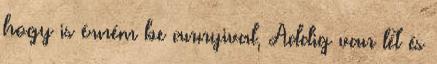
hogy is érném be annyival, Addig van lét és